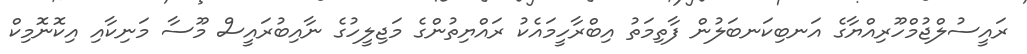
ރައީސުލްޖުމްހޫރިއްޔާގެ އަނބިކަނބަލުން ފާތިމަތު އިބްރާހީމައެކު ރައްޔިތުންގެ މަޖިލީހުގެ ނާއިބުރައީސް މޫސާ މަނިކާއި އިކޮނޮމިކް